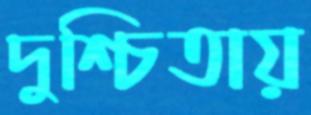
দুশ্চিতায়